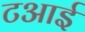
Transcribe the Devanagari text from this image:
टआई